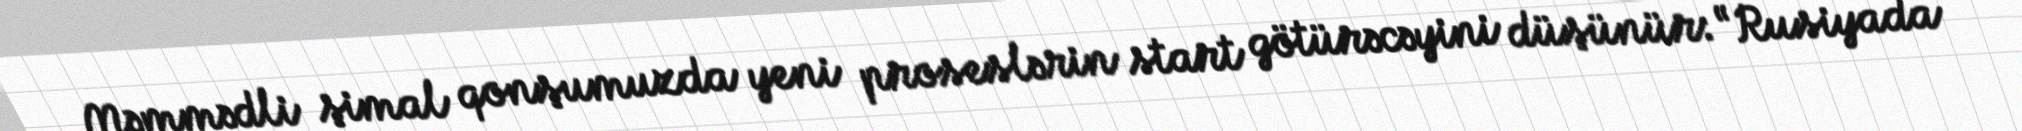
Məmmədli şimal qonşumuzda yeni proseslərin start götürəcəyini düşünür: “Rusiyada